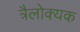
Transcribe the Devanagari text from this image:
त्रैलोक्यक